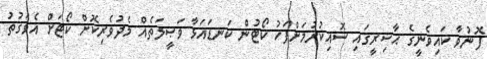
ފޮނުވާ ކައިވެނީގެ ޙާޟިރީގައި ސޮއިކުރުމަށްފަހު ކޯޓުން ކަނޑައަޅާ ވަޞީލަތެއް މެދުވެރިކޮށް ކޯޓަށް އެވަގުތު